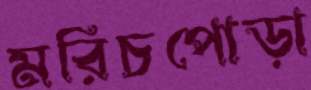
মরিচপোড়া